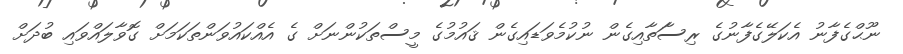
ނޫޙްގެފާނު އެކަލޭގެފާނުގެ ރިސާަތާއިގެން ނުކުމެވަޑައިގެން ޤައުމުގެ މީސްތަކުންނަށް ގެ އެއްކައުވަންތަކަމަށް ގޮވާލައްވައި ބުދަށް